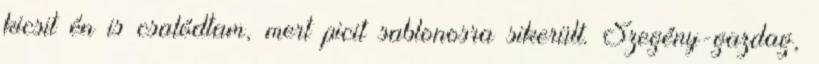
kicsit én is csalódtam, mert picit sablonosra sikerült. Szegény-gazdag,